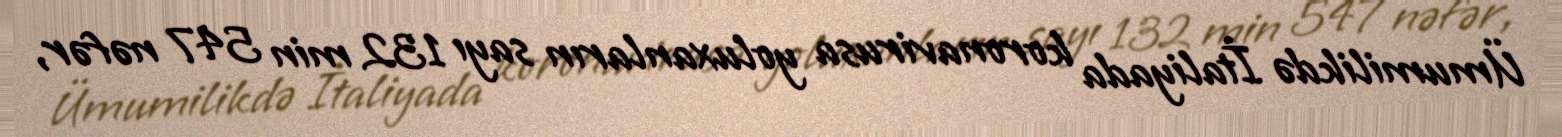
Ümumilikdə İtaliyada koronavirusa yoluxanların sayı 132 min 547 nəfər,